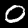
Label: 0